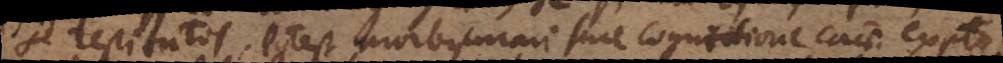
se restitutos. Potest morbus curari sine cognitione causae exemplo